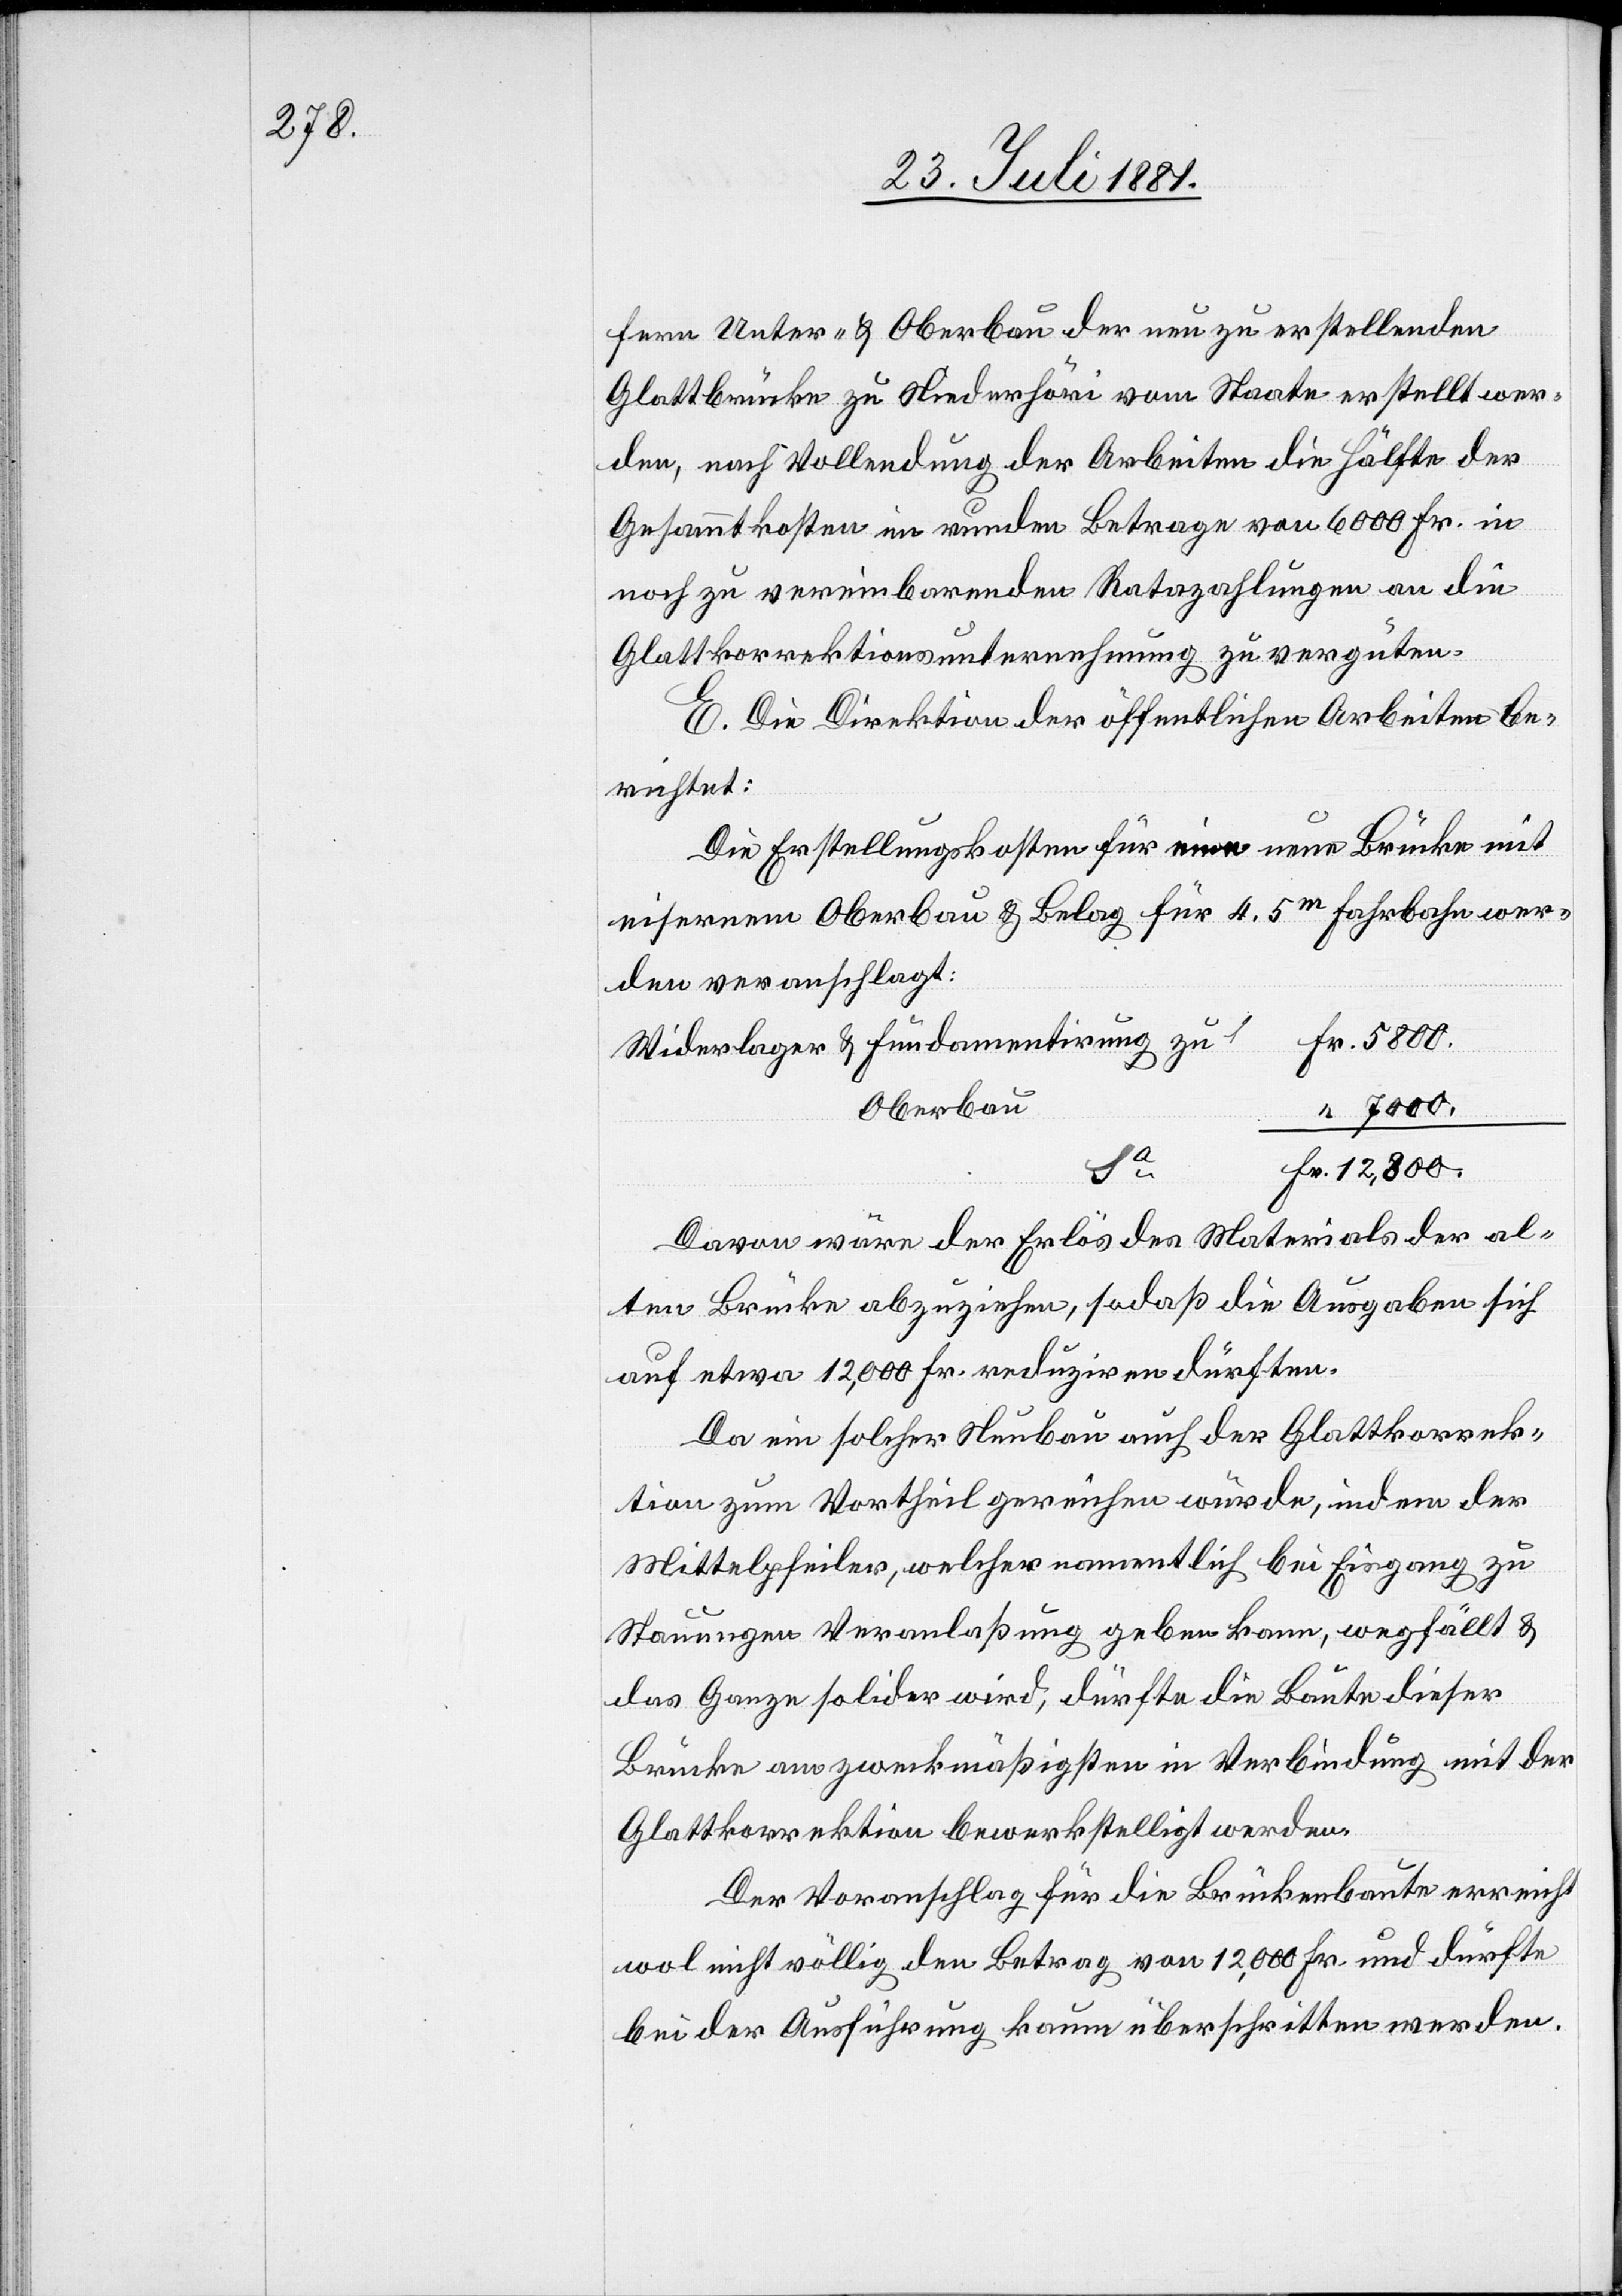
fern Unter- & Oberbau der neu zu erstellenden
Glattbrücke zu Niederhöri vom Staate erstellt wer¬
den, nach Vollendung der Arbeiten die Hälfte der
Gesammtkosten im runden Betrage von 6000 Fr. in
noch zu vereinbarenden Ratazahlungen an die
Glattkorrektionsunternehmung zu vergüten.
E. Die Direktion der öffentlichen Arbeiten be¬
richtet:
Die Erstellungskosten für eine neue Brücke mit
eisernem Oberbau & Belag für 4.5m Fahrbahn wer¬
den veranschlagt:
Widerlager & Fundamentirung zu
Oberbau
7000.
Fr.
Daran wäre der Erlös des Materials der al¬
ten Brücke abzuziehen, sodaß die Ausgaben sich
auf etwa 12,000 Fr. reduziren dürften.
Da ein solcher Neubau auch der Glattkorrek¬
tion zum Vortheil gereichen würde, indem der
Mittelpfeiler, welcher namentlich bei Eisgang zu
Stauungen Veranlaßung geben kann, wegfällt &
das Ganze solider wird, dürfte die Baute dieser
Brücke am zweckmäßigsten in Verbindung mit der
Glattkorrektion bewerkstelligt werden.
Der Voranschlag für die Brückenbaute erreicht
wol nicht völlig den Betrag von 12,000 Fr. und dürfte
bei der Ausführung kaum überschritten werden.